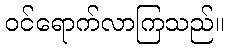
ဝင်ရောက်လာကြသည်။